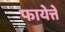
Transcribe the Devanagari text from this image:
फायेत्ते